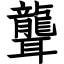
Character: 聾